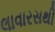
લાવારસથી